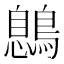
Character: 𪃼